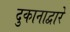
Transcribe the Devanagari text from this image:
दुकानाद्वारे